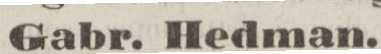
Gabr. Hedman.